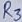
Text: R3